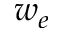
w _ { e }